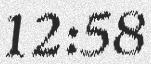
12:58